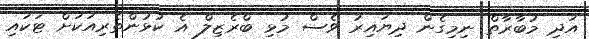
އަދި މުބާރާތް ނިމިގެން ދިޔައިރު ވެސް މުޅި ބްރެޒިލް އެ ކުޅުންތެރިއަކަށް ޓަކައި